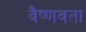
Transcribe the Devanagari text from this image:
वैष्णवता